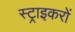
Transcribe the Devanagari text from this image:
स्ट्राइकरों